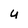
Character: u